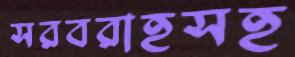
সরবরাহসহ